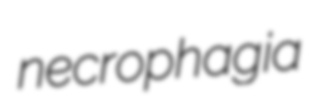
necrophagia